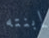
إبنته